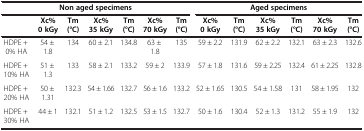
<table><thead><tr><td colspan="7"><b>Non aged specimens</b></td><td colspan="6"><b>Aged specimens</b></td></tr><tr><td><b> </b></td><td><b>Xc% 0 kGy</b></td><td><b>Tm (°C)</b></td><td><b>Xc% 35 kGy</b></td><td><b>Tm (°C)</b></td><td><b>Xc% 70 kGy</b></td><td><b>Tm (°C)</b></td><td><b>Xc% 0 kGy</b></td><td><b>Tm (°C)</b></td><td><b>Xc% 35 kGy</b></td><td><b>Tm (°C)</b></td><td><b>Xc% 70 kGy</b></td><td><b>Tm (°C)</b></td></tr></thead><tbody><tr><td>HDPE + 0% HA</td><td>54 ± 1.8</td><td>134</td><td>60 ± 2.1</td><td>134.8</td><td>63 ± 1.8</td><td>135</td><td>59 ± 2.2</td><td>131.9</td><td>62 ± 2.2</td><td>132.1</td><td>63 ± 2.3</td><td>132.6</td></tr><tr><td>HDPE + 10% HA</td><td>51 ± 1.3</td><td>133</td><td>58 ± 2.1</td><td>133.2</td><td>59 ± 2</td><td>133.9</td><td>57 ± 1.8</td><td>131.6</td><td>59 ± 2.25</td><td>132.4</td><td>61 ± 2.25</td><td>132.8</td></tr><tr><td>HDPE + 20% HA</td><td>50 ± 1.31</td><td>132.3</td><td>54 ± 1.66</td><td>132.7</td><td>56 ± 1.6</td><td>133.2</td><td>52 ± 1.65</td><td>130.5</td><td>54 ± 1.58</td><td>131</td><td>58 ± 1.95</td><td>132</td></tr><tr><td>HDPE + 30% HA</td><td>44 ± 1</td><td>132.1</td><td>51 ± 1.2</td><td>132.5</td><td>53 ± 1.5</td><td>132.7</td><td>50 ± 1.6</td><td>130.4</td><td>52 ± 1.3</td><td>131.2</td><td>55 ± 1.9</td><td>132</td></tr></tbody></table>